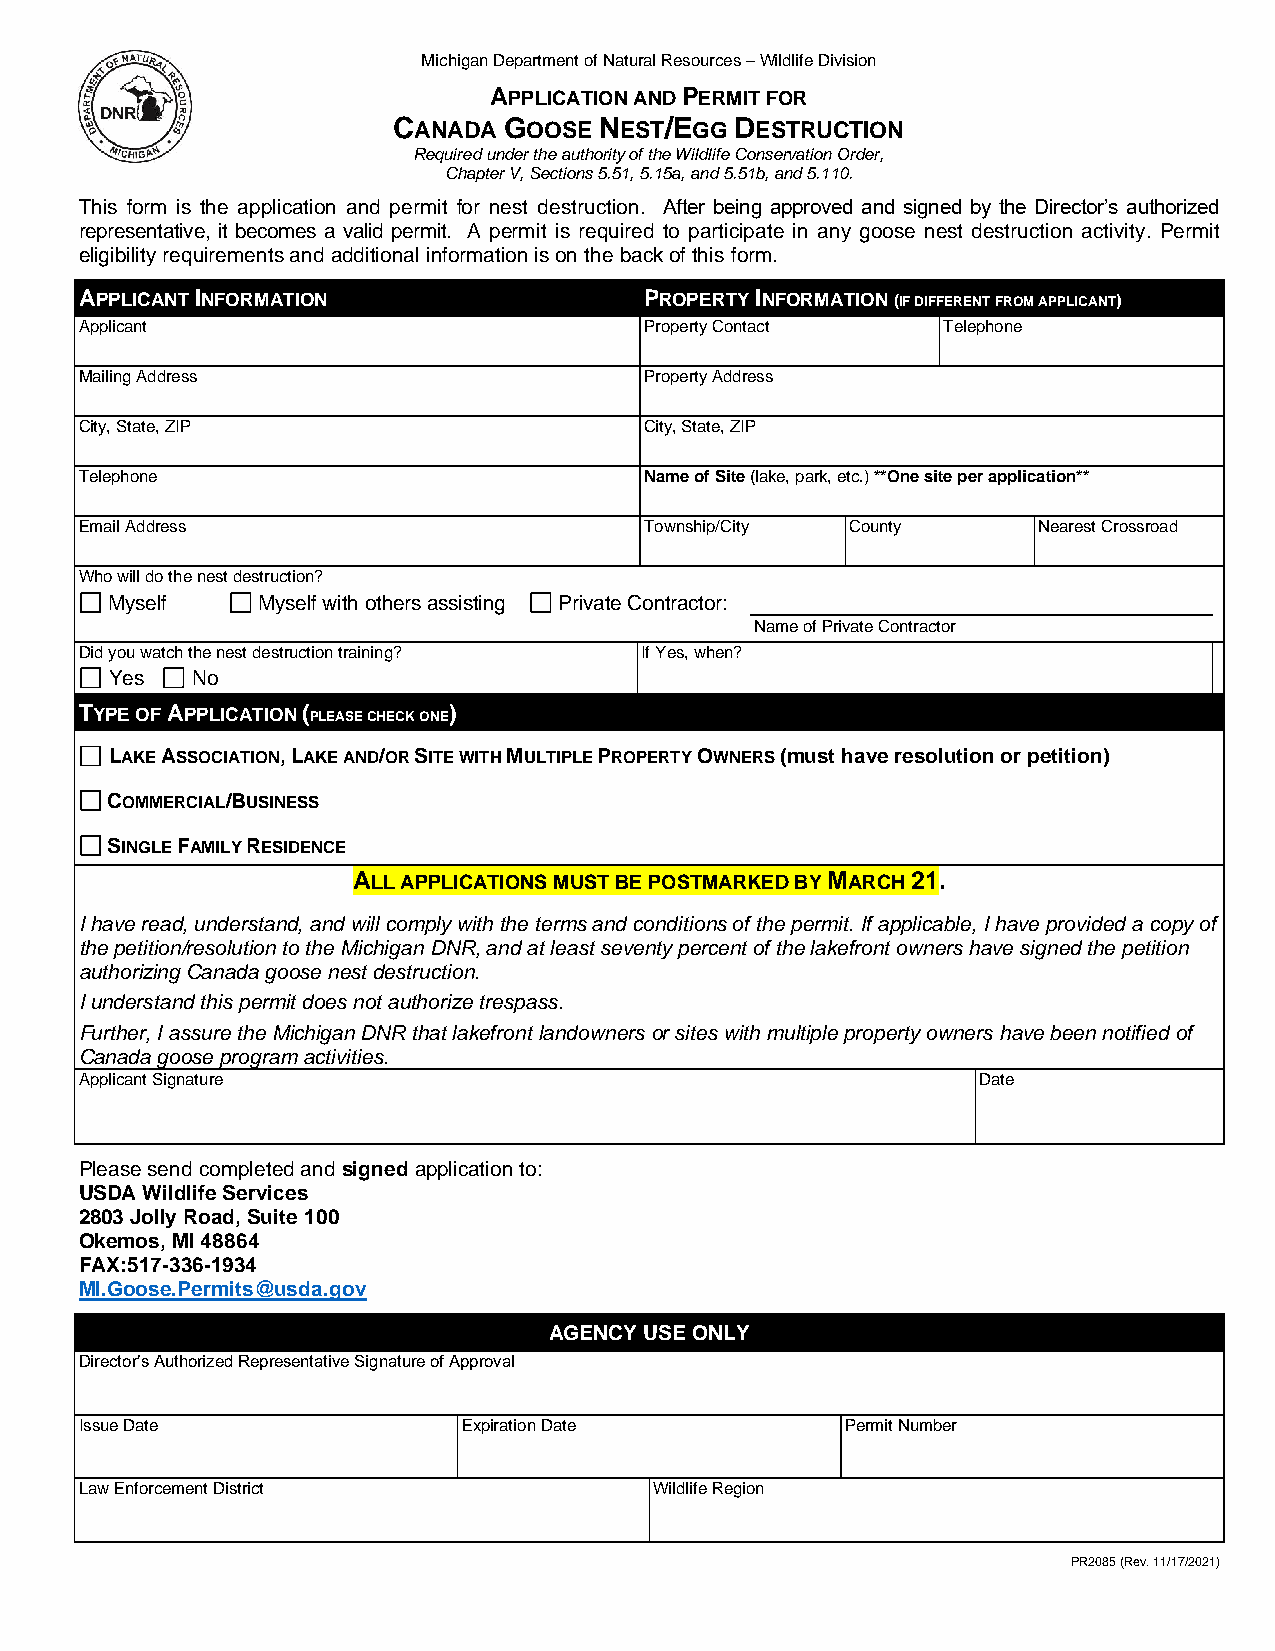
Michigan Department of Natural Resources – Wildlife Division
 APPLICATION AND PERMIT FOR
 CANADA GOOSE  NEST/EGG DESTRUCTION
 Required under the authority of the Wildlife Conservation Order,
 Chapter V, Sections 5.51, 5.15a, and 5.51b, and 5.110.
 This form is the application and permit for nest destruction. After being approved and signed by the Director’s authorized
 representative, it becomes a valid permit. A permit is required to participate in any goose nest destruction activity. Permit
 eligibility requirements and additional information is on the back of this form.
 APPLICANT INFORMATION                 PROPERTY INFORMATION (IF DIFFERENT FROM APPLICANT)
 Applicant                             Property Contact   Telephone
 Mailing Address                       Property Address
 City, State, ZIP                      City, State, ZIP
 Telephone                             Name of Site (lake, park, etc.) **One site per application**
 Email Address                         Township/City County      Nearest Crossroad
 Who will do the nest destruction?
 Myself    Myself with others assisting Private Contractor:
 Name of Private Contractor
 Did you watch the nest destruction training? If Yes, when?
 Yes   No
 TYPE OF APPLICATION ( PLEASE CHECK ONE)
 LAKE ASSOCIATION, LAKE AND/OR SITE WITH MULTIPLE PROPERTY OWNERS (must have resolution or petition)
 COMMERCIAL/BUSINESS
 SINGLE FAMILY RESIDENCE
 ALL APPLICATIONS MUST BE POSTMARKED BY MARCH 21.
 I have read, understand, and will comply with the terms and conditions of the permit. If applicable, I have provided a copy of
 the petition/resolution to the Michigan DNR, and at least seventy percent of the lakefront owners have signed the petition
 authorizing Canada goose nest destruction.
 I understand this permit does not authorize trespass.
 Further, I assure the Michigan DNR that lakefront landowners or sites with multiple property owners have been notified of
 Canada goose program activities.
 Applicant Signature                                         Date
 Please send completed and signed application to:
 USDA Wildlife Services
 2803 Jolly Road, Suite 100
 Okemos, MI 48864
 FAX:517-336-1934
 MI.Goose.Permits@usda.gov
 AGENCY USE ONLY
 Director’s Authorized Representative Signature of Approval
 Issue Date                Expiration Date          Permit Number
 Law Enforcement District              Wildlife Region
 PR2085 (Rev. 11/17/2021)